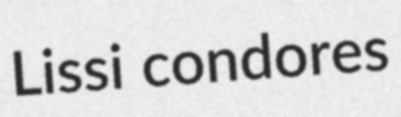
Lissi condores